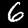
Digit: 6